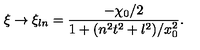
\xi \to \xi _ { l n } = \frac { - \chi _ { 0 } / 2 } { 1 + ( n ^ { 2 } t ^ { 2 } + l ^ { 2 } ) / x _ { 0 } ^ { 2 } } .